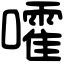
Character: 嚯